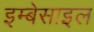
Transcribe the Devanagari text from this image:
इम्बेसाइल